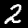
Digit: 2